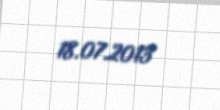
18.07.2013